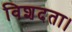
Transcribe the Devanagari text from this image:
विशदता।